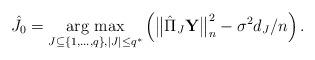
LaTeX: \begin{align*}\hat{J_0}=\operatorname{arg\ max}_{J\subseteq\lbrace1,\dots,q\rbrace, |J|\leq q^*}\limits\left(\big\Vert\hat{\Pi}_J\mathbf{Y}\big\Vert^2_n-\sigma^2d_J/n\right).\end{align*}